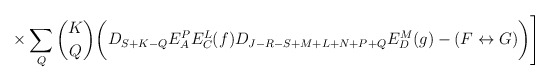
\begin{align*}\times \sum_Q {K \choose Q}\biggl( D_{S+K-Q}E^P_AE^L_C(f)D_{J-R-S+M+L+N+P+Q}E^M_D(g)-(F \leftrightarrow G)\biggr)\Biggr]\end{align*}